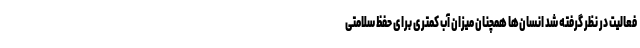
فعالیت در نظر گرفته شد انسان‌ها همچنان میزان آب کمتری برای حفظ سلامتی